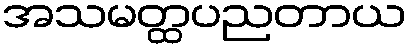
အသမတ္ထပညတာယ